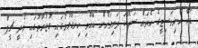
ޑާކާ ޔުނިވަސިޓީގެ އެތައް ސަތޭކަ ދަރިވަރުން ބޭއްވި ހިނގާލުމުގައި ގުޖުރާތުގައި މޯދީ ޗީފް